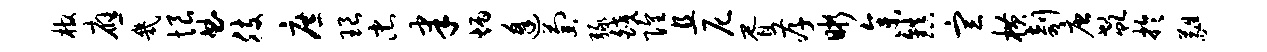
棺应几恨曲肢庶琅忠聿炳逢萄绿皎隍且尼胥孝晰参镇宣横剞唐欷於蕤